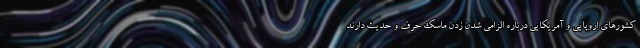
کشورهای اروپایی و آمریکایی درباره الزامی شدن زدن ماسک حرف و حدیث دارند